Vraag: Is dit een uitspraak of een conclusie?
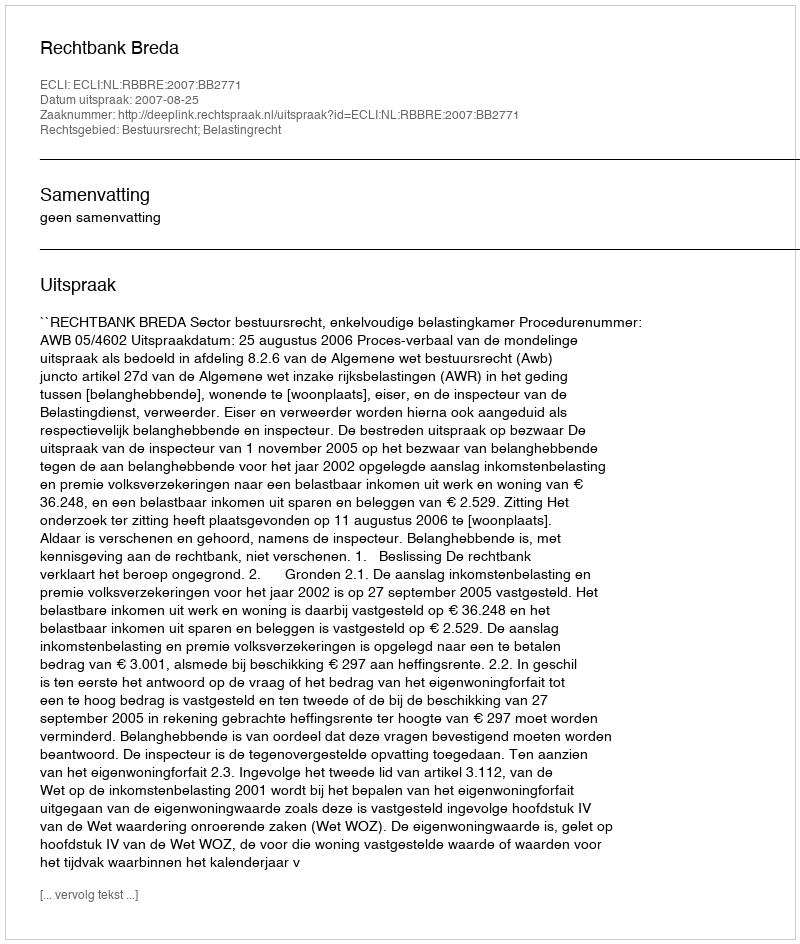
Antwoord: Uitspraak